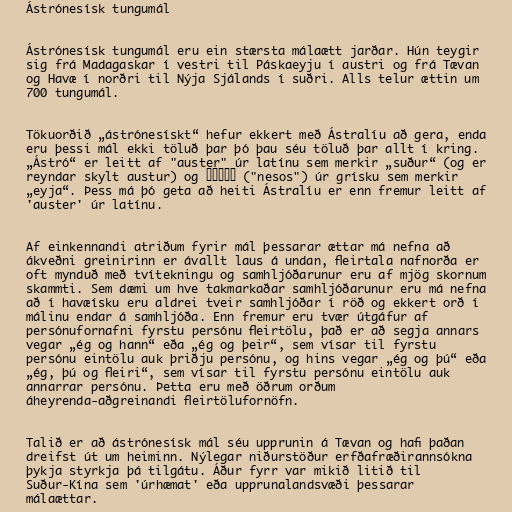
Ástrónesísk tungumál

Ástrónesísk tungumál eru ein stærsta málaætt jarðar. Hún teygir
sig frá Madagaskar í vestri til Páskaeyju í austri og frá Tævan
og Havæ í norðri til Nýja Sjálands í suðri. Alls telur ættin um
700 tungumál.

Tökuorðið „ástrónesískt“ hefur ekkert með Ástralíu að gera, enda
eru þessi mál ekki töluð þar þó þau séu töluð þar allt í kring.
„Ástró“ er leitt af "auster" úr latínu sem merkir „suður“ (og er
reyndar skylt austur) og νῆσος ("nesos") úr grísku sem merkir
„eyja“. Þess má þó geta að heiti Ástralíu er enn fremur leitt af
'auster' úr latínu.

Af einkennandi atriðum fyrir mál þessarar ættar má nefna að
ákveðni greinirinn er ávallt laus á undan, fleirtala nafnorða er
oft mynduð með tvítekningu og samhljóðarunur eru af mjög skornum
skammti. Sem dæmi um hve takmarkaðar samhljóðarunur eru má nefna
að í havæísku eru aldrei tveir samhljóðar í röð og ekkert orð í
málinu endar á samhljóða. Enn fremur eru tvær útgáfur af
persónufornafni fyrstu persónu fleirtölu, það er að segja annars
vegar „ég og hann“ eða „ég og þeir“, sem vísar til fyrstu
persónu eintölu auk þriðju persónu, og hins vegar „ég og þú“ eða
„ég, þú og fleiri“, sem vísar til fyrstu persónu eintölu auk
annarrar persónu. Þetta eru með öðrum orðum
áheyrenda-aðgreinandi fleirtölufornöfn.

Talið er að ástrónesísk mál séu upprunin á Tævan og hafi þaðan
dreifst út um heiminn. Nýlegar niðurstöður erfðafræðirannsókna
þykja styrkja þá tilgátu. Áður fyrr var mikið litið til
Suður-Kína sem 'úrhæmat' eða upprunalandsvæði þessarar
málaættar.